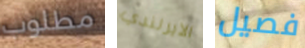
مطلوب الايرلندي فصيل